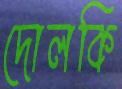
দোলকি